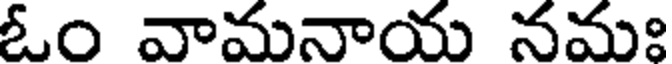
ఓం వామనాయ నమః